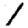
Digit: 1